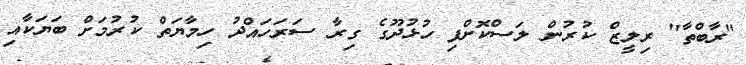
"ރާބްތާ" ރިލީޒް ކުރުން ލަސްކޮށްފި ހުޅުދޫގެ ގިރާ ސަރަހައްދު ހިމާޔަތް ކުރުމަށް ބަޔަކާއި